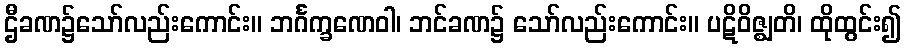
ဌီခဏ၌သော်လည်းကောင်း။ ဘင်္ဂက္ခဏေဝါ၊ ဘင်ခဏ၌ သော်လည်းကောင်း။ ပဋိဝိဇ္ဈတိ၊ ထိုထွင်း၍